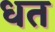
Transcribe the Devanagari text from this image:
धत